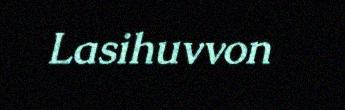
Lasihuvvon